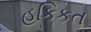
હકિકત